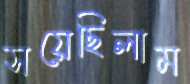
সয়েছিলাম